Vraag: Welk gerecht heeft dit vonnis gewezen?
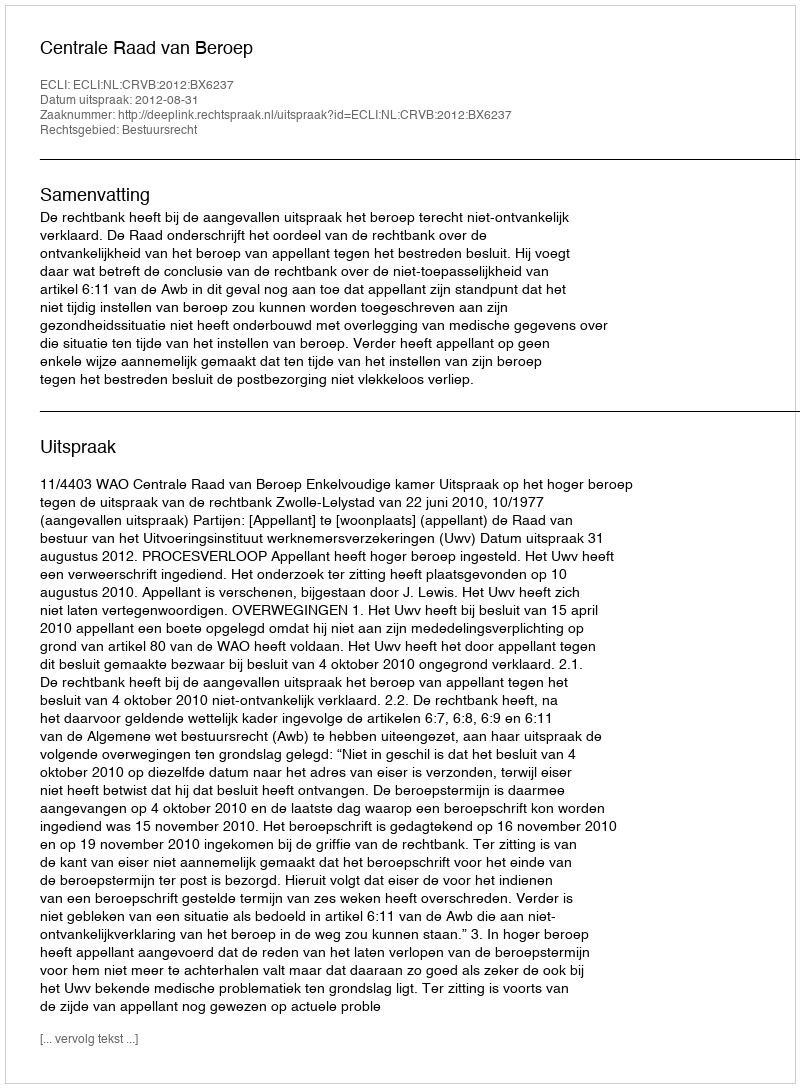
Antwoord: Centrale Raad van Beroep